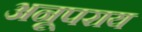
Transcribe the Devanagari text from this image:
अनूपराय